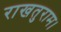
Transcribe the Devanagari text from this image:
राखतुराम।